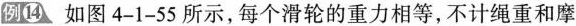
例14如图4-1-55所示，每个滑轮的重力相等，不计绳重和摩